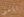
المعنى